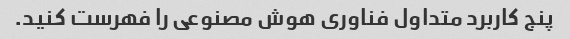
پنج کاربرد متداول فناوری هوش مصنوعی را فهرست کنید.